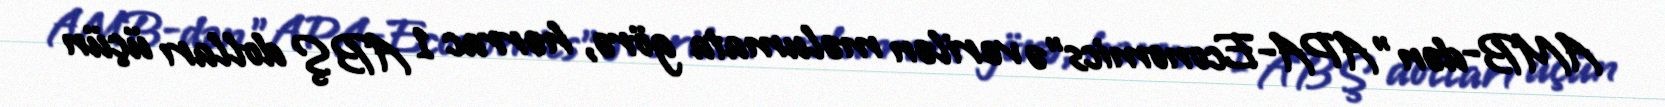
AMB-dən "APA-Economics"ə verilən məlumata görə, hərrac 1 ABŞ dolları üçün